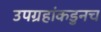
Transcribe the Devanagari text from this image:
उपग्रहांकडुनच